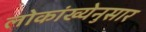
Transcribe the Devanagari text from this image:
लोकांख्येनुसार